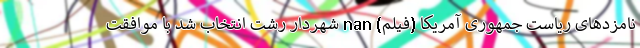
نامزدهای ریاست جمهوری آمریکا (فیلم) nan شهردار رشت انتخاب شد با موافقت